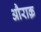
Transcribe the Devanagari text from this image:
औराक़